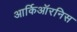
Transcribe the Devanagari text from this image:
आर्किऑरनिस